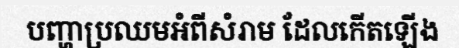
បញ្ហាប្រឈមអំពីសំរាម ដែលកើតឡើង